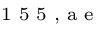
^ \textrm { \scriptsize 1 5 5 , a e }